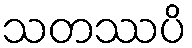
သတဿပိ